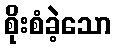
စိုးစံခဲ့သော